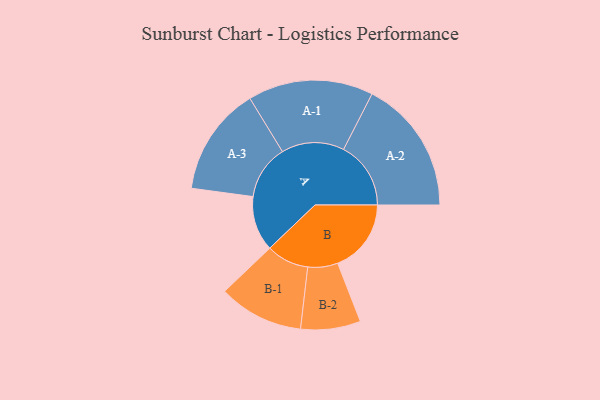
{"axis": {"x": "Segment", "y": "Value"}, "legend": ["", "A", "B"], "data": [{"x": "A", "y": 193, "type": ""}, {"x": "B", "y": 258, "type": ""}, {"x": "A-1", "y": 220, "type": "A"}, {"x": "A-2", "y": 236, "type": "A"}, {"x": "A-3", "y": 191, "type": "A"}, {"x": "B-1", "y": 149, "type": "B"}, {"x": "B-2", "y": 105, "type": "B"}]}